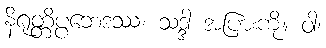
နိရုတ္တိပ္ပဘေဒဿ၊ သဒ္ဒါ အပြားကို။ ဝါ၊